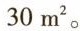
30m^{2}。